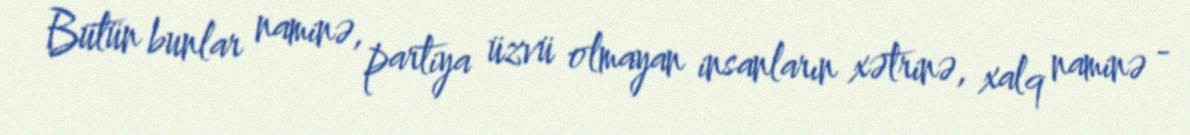
Bütün bunlar naminə, partiya üzvü olmayan insanların xətrinə, xalq naminə -